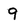
Character: 9